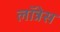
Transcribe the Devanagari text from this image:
लॉन्नेस